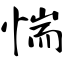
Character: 惴